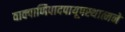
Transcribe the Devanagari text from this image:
वाक्पाणिपादपायूपस्थात्मने